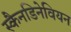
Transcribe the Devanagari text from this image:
स्कैनडिनेवियन